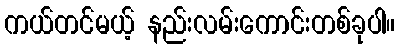
ကယ်တင်မယ့် နည်းလမ်းကောင်းတစ်ခုပါ။